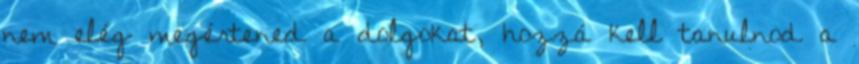
nem elég megértened a dolgokat, hozzá kell tanulnod a